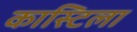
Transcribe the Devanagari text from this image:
कास्टिला